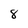
Character: 8